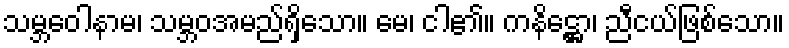
သမ္ဘဝေါနာမ၊ သမ္ဘဝအမည်ရှိသော။ မေ၊ ငါ၏။ ကနိဋ္ဌော၊ ညီငယ်ဖြစ်သော။